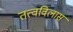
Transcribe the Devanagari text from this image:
तत्वविलास